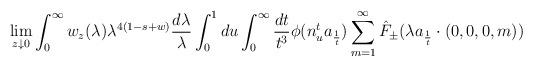
LaTeX: \begin{align*} \lim_{z \downarrow 0} \int_0^\infty w_z(\lambda) \lambda^{4(1-s+w)}\frac{d\lambda}{\lambda} \int_0^1 du \int_0^\infty \frac{dt}{t^3} \phi(n_{u}^t a_{\frac{1}{t}}) \sum_{m = 1}^\infty \hat{F}_{\pm}(\lambda a_{\frac{1}{t}} \cdot (0,0,0,m)) \end{align*}